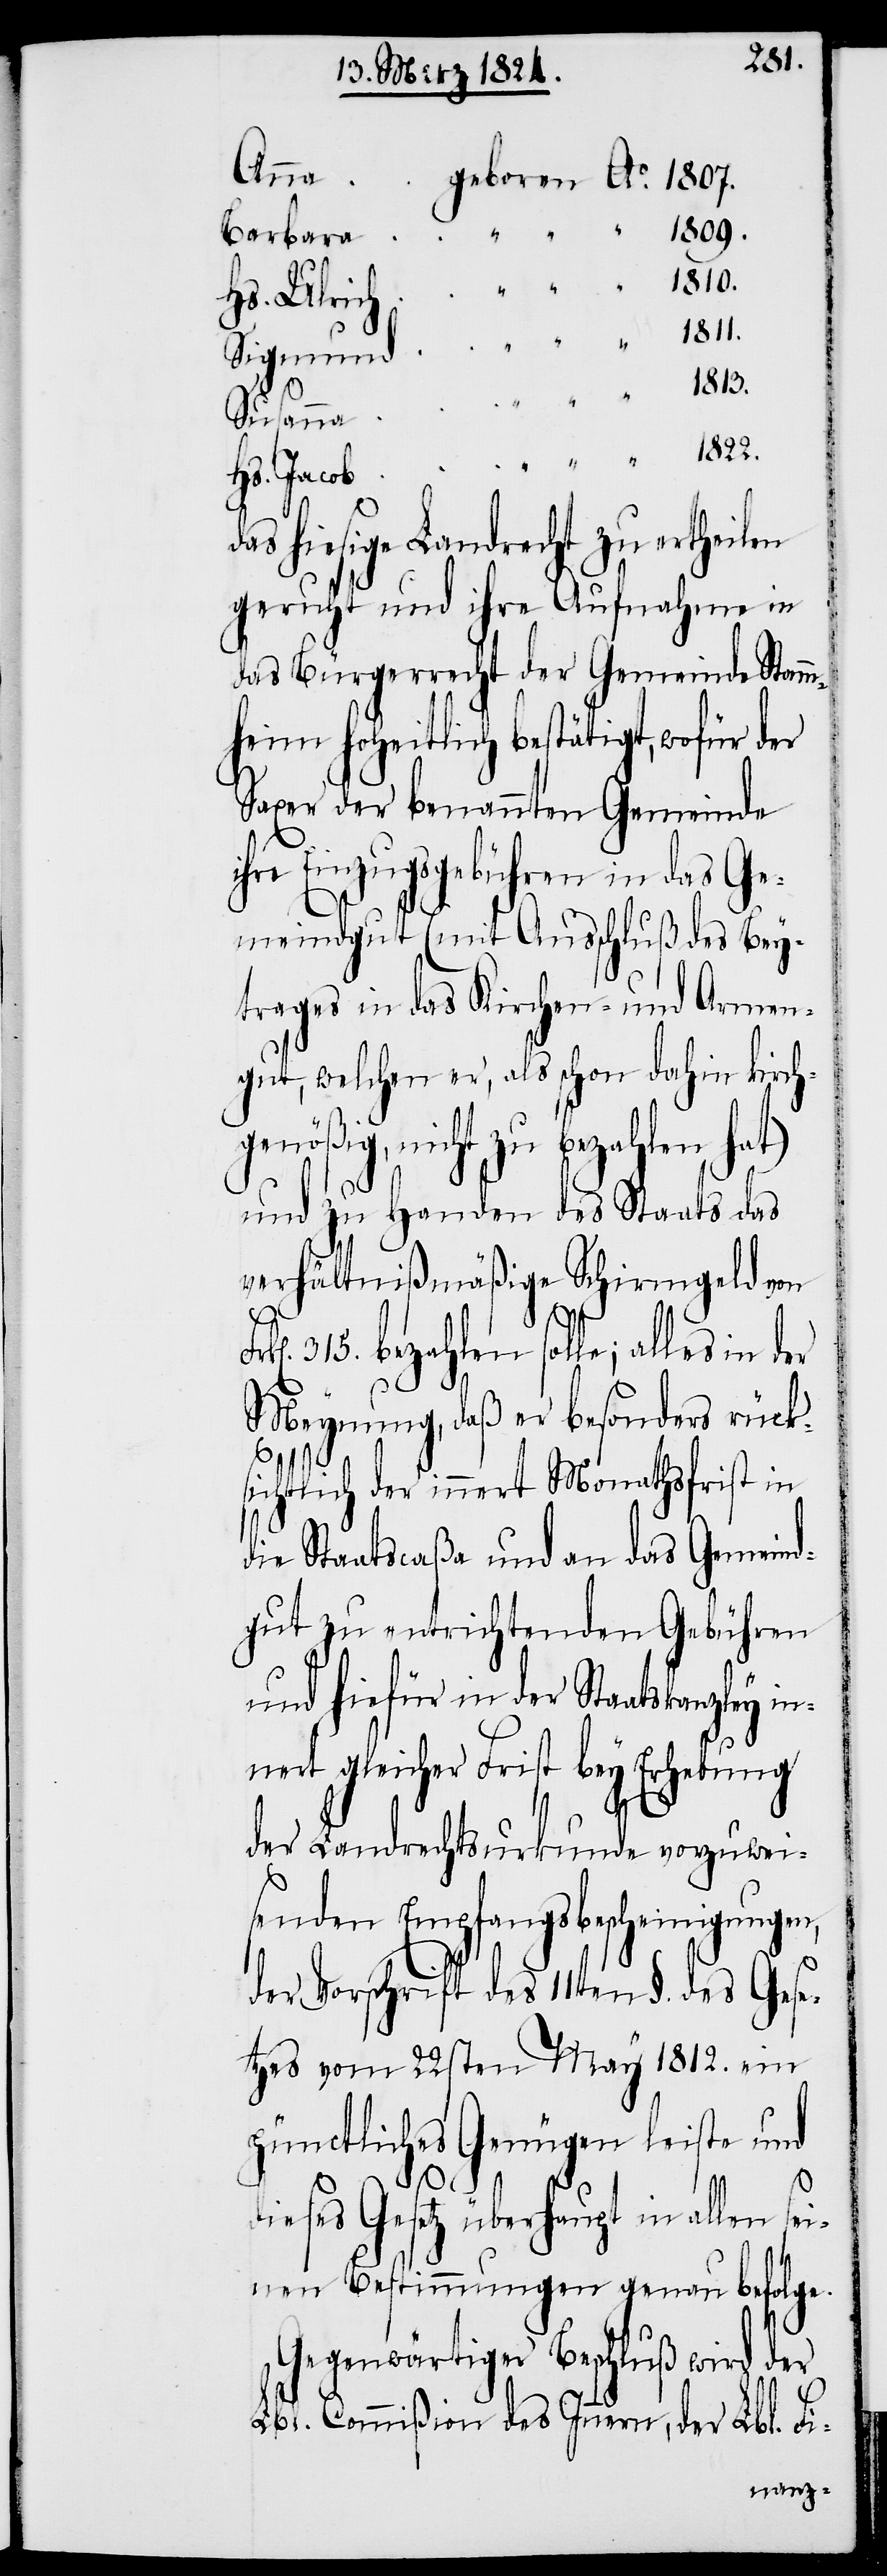
1813.
1809.
Barbara
Hs. Ulrich
Susanna
Hs. Jacob
das hiesige Landrecht zu ertheilen
geruht und ihre Aufnahme in
das Bürgerrecht der Gemeinde Stamm¬
heim hoheitlich bestätigt, wofür der
Saxer der benannten Gemeinde
ihre Einzugsgebühren in das Ge¬
meindgut (mit Ausschluß des Bey¬
trages in das Kirchen- und Armen¬
gut, welchen er, als schon dahin kirch¬
genößig, nicht zu bezahlen hat)
und zu Handen des Staats das
verhältnißmäßige Schirmgeld von
315. bezahlen solle; alles in
Meynung, daß er besonders rück¬
sichtlich der innert Monathsfrist in
die Staatscaßa und an das Gemeind¬
gut zu entrichtenden Gebühren
und hiefür in der Staatskanzley in¬
nert gleicher Frist bey Erhebung
se¬
der Landrechtsurkunde vorzuwei¬
senden Empfangsbescheinigungen,
der Vorschrift des 11ten §. des Gese¬
tzes vom 22sten May 1812. ein
pünctliches Genügen leiste und
ieses Gesetz überhaupt in allen
inen Bestimmungen genau befolge.
Gegenwärtiger Beschluß wird der
Lbl. Commißion des Innern, der Lbl. Fi-